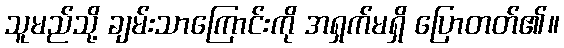
သူမည်သို့ ချမ်းသာကြောင်းကို အရှက်မရှိ ပြောတတ်၏။